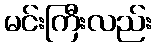
မင်းကြီးလည်း